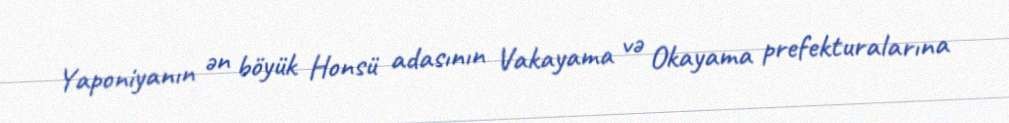
Yaponiyanın ən böyük Honsü adasının Vakayama və Okayama prefekturalarına